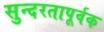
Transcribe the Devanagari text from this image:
सुन्दरतापूर्वक